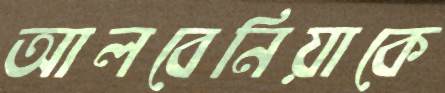
আলবেনিয়াকে